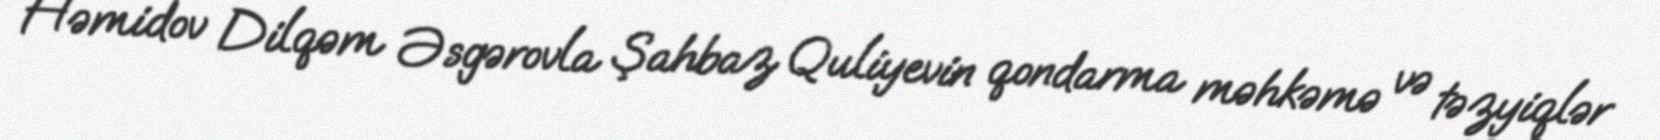
Həmidov Dilqəm Əsgərovla Şahbaz Quliyevin qondarma məhkəmə və təzyiqlər